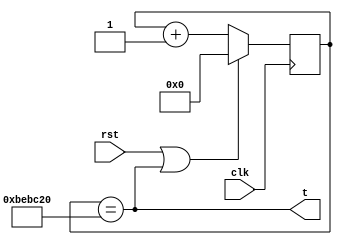
module audio_time(
	input clk,
	input rst,
	output t
	);
	
	reg [23:0] count;
	
	initial count = 24'd0;
	
	
	assign t = (count == 24'd12500000);
	
	always @ (posedge clk) begin
		if (rst | t)
			count <= 0;
		else
			count <= count + 1;
		end
	
	endmodule